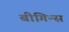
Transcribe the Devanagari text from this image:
बीगिन्स